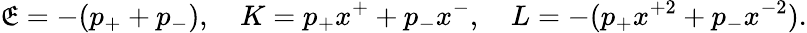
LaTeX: \mathfrak{E}=-(p_{+}+p_{-}),~~~~K=p_{+}x^{+}+p_{-}x^{-},~~~~L=-(p_{+}x^{+2}+p_{-}x^{-2}).